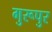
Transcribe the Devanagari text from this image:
गुरूपुर